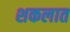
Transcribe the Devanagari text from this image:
शकलात